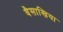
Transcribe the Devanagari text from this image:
वैसाखिया